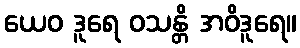
ယေဝ ဒူရေ ဝသန္တိ အဝိဒူရေ။